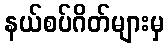
နယ်စပ်ဂိတ်များမှ